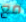
مع